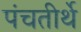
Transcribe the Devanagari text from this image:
पंचतीर्थे